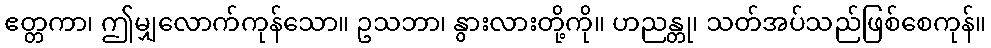
ဧတ္တကာ၊ ဤမျှလောက်ကုန်သော။ ဥသဘာ၊ နွားလားတို့ကို။ ဟညန္တု၊ သတ်အပ်သည်ဖြစ်စေကုန်။